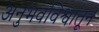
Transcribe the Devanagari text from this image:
अनुभवविश्वातून